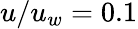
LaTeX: u/u_{w}=0.1